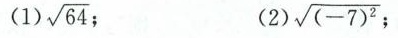
(1) $$\sqrt{64}$$; (2)$$\sqrt{(-7)^{2}}$$;